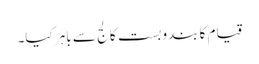
قیام کا بندوبست کالج سے باہر کیا۔